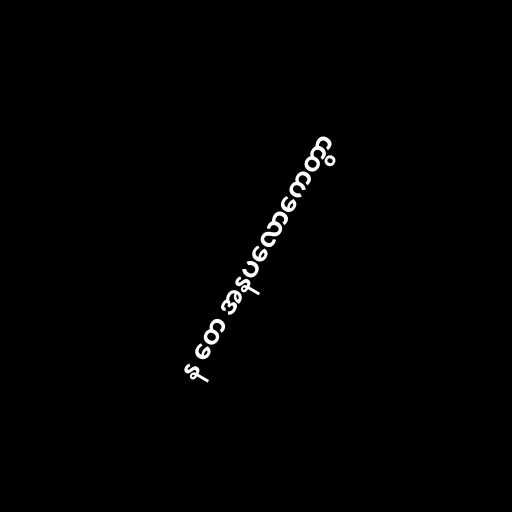
န တေ အနပလောကေတွာ